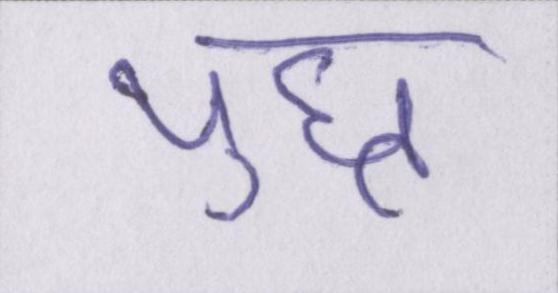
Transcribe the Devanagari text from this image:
युध्द